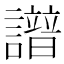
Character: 𧭘